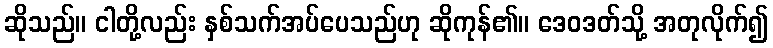
ဆိုသည်။ ငါတို့လည်း နှစ်သက်အပ်ပေသည်ဟု ဆိုကုန်၏။ ဒေဝဒတ်သို့ အတုလိုက်၍